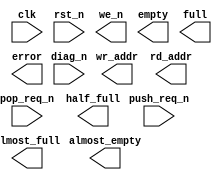
////////////////////////////////////////////////////////////////////////////////
//
//       This confidential and proprietary software may be used only
//     as authorized by a licensing agreement from Synopsys Inc.
//     In the event of publication, the following notice is applicable:
//
//                    (C) COPYRIGHT 1999 - 2018 SYNOPSYS INC.
//                           ALL RIGHTS RESERVED
//
//       The entire notice above must be reproduced on all authorized
//     copies.
//
//
// VERSION:   Simulation Architecture
//
// DesignWare_version: c9e3e120
// DesignWare_release: O-2018.06-DWBB_201806.3
//
////////////////////////////////////////////////////////////////////////////////
//-----------------------------------------------------------------------------------
//
// ABSTRACT:  Synchronous with Static Flags  
//           static programmable almost empty and almost full flags
//
//           This FIFO controller designed to interface to synchronous
//           true dual port RAMs.
//
//              Parameters:     Valid Values
//              ==========      ============
//              depth           [ 2 to 16777216 ]
//              ae_level        [ 1 to (depth - 1) ]
//              af_level        [ 1 to (depth - 1) ]
//              err_mode        [ 0 = sticky error flag w/ ptr check,
//                                1 = sticky error flag (no ptr chk),
//                                2 = dynamic error flag ]
//              reset_mode      [ 0 = asynchronous reset,
//                                1 = synchronous reset ]
//              
//              Input Ports:    Size    Description
//              ===========     ====    ===========
//              clk             1 bit   Input Clock
//              rst_n           1 bit   Active Low Reset
//              push_req_n      1 bit   Active Low Push Request
//              pop_req_n       1 bit   Active Low Pop Request
//              diag_n          1 bit   Active Low diagnostic control
//
//              Output Ports    Size    Description
//              ============    ====    ===========
//              we_n            1 bit   Active low Write Enable (to RAM)
//              empty           1 bit   Empty Flag
//              almost_empty    1 bit   Almost Empty Flag
//              half_full       1 bit   Half Full Flag
//              almost_full     1 bit   Almost Full Flag
//              full            1 bit   Full Flag
//              error           1 bit   Error Flag
//              wr_addr         N bits  Write Address (to RAM)
//              rd_addr         N bits  Read Address (to RAM)
//
//                Note: the value of N for wr_addr and rd_addr is
//                      determined from the parameter, depth.  The
//                      value of N is equal to:
//                              ceil( log2( depth ) )
//              
//
//
// MODIFIED: 
//
//  11/12/01  RJK  Fixed lint error by converting int to vector
//                 STAR #129582
//-------------------------------------------------------------------------------
//
module DW_fifoctl_s1_sf (
    clk, rst_n, push_req_n, pop_req_n, diag_n, we_n, empty, 
    almost_empty, half_full, almost_full, full, error, wr_addr, rd_addr );

parameter integer depth  = 4;
parameter integer ae_level  =  1 ;
parameter integer af_level  =  1 ;
parameter integer err_mode  =  0 ;
parameter integer rst_mode  =  0 ;

`define DW_addr_width ((depth>4096)? ((depth>262144)? ((depth>2097152)? ((depth>8388608)? 24 : ((depth> 4194304)? 23 : 22)) : ((depth>1048576)? 21 : ((depth>524288)? 20 : 19))) : ((depth>32768)? ((depth>131072)?  18 : ((depth>65536)? 17 : 16)) : ((depth>16384)? 15 : ((depth>8192)? 14 : 13)))) : ((depth>64)? ((depth>512)?  ((depth>2048)? 12 : ((depth>1024)? 11 : 10)) : ((depth>256)? 9 : ((depth>128)? 8 : 7))) : ((depth>8)? ((depth> 32)? 6 : ((depth>16)? 5 : 4)) : ((depth>4)? 3 : ((depth>2)? 2 : 1)))))

 input  clk,  rst_n,  push_req_n,  pop_req_n,  diag_n;
 output  we_n,  empty,  almost_empty,  half_full,  almost_full,  full, error;
 output[`DW_addr_width-1 : 0 ]  wr_addr, rd_addr;
 
    // synopsys translate_off

 wire diag_n_int, we_n, empty, full, error;

 reg empty_int, almost_empty, half_full, almost_full, full_int, next_error_int, error_int;
wire [`DW_addr_width-1 : 0 ] wr_addr, rd_addr;

 integer wrd_count, next_wrd_count;
 integer wr_addr_int, next_wr_addr_int;
 integer rd_addr_int, next_rd_addr_int;
 wire [31:0] rd_addr_vec, wr_addr_vec;

    
 
  initial begin : parameter_check
    integer param_err_flg;

    param_err_flg = 0;
    
	    
	
    if ( (ae_level < 1) || (ae_level > depth-1 ) ) begin
      param_err_flg = 1;
      $display(
	"ERROR: %m :\n  Invalid value (%d) for parameter ae_level (legal range: 1 to depth-1 )",
	ae_level );
    end
	
    if ( (af_level < 1) || (af_level > depth-1 ) ) begin
      param_err_flg = 1;
      $display(
	"ERROR: %m :\n  Invalid value (%d) for parameter af_level (legal range: 1 to depth-1 )",
	af_level );
    end
	
    if ( (err_mode < 0) || (err_mode > 2 ) ) begin
      param_err_flg = 1;
      $display(
	"ERROR: %m :\n  Invalid value (%d) for parameter err_mode (legal range: 0 to 2 )",
	err_mode );
    end
	
    if ( (rst_mode < 0) || (rst_mode > 1 ) ) begin
      param_err_flg = 1;
      $display(
	"ERROR: %m :\n  Invalid value (%d) for parameter rst_mode (legal range: 0 to 1 )",
	rst_mode );
    end
	
    if ( (depth < 2) || (depth > 16777216 ) ) begin
      param_err_flg = 1;
      $display(
	"ERROR: %m :\n  Invalid value (%d) for parameter depth (legal range: 2 to 16777216 )",
	depth );
    end

	wrd_count = -1;
	wr_addr_int = -1;
	rd_addr_int = -1;
    
	
    if ( param_err_flg == 1) begin
      $display(
        "%m :\n  Simulation aborted due to invalid parameter value(s)");
      $finish;
    end

  end // parameter_check 



    assign diag_n_int = (err_mode == 0)? diag_n : 1'b1;


    always @ (push_req_n or pop_req_n or full_int or wr_addr_int)
	begin : mk_next_wr_addr_int

	if ((push_req_n === 1'b0) && ((full_int === 1'b0)||(pop_req_n === 1'b0)))
	    next_wr_addr_int = (wr_addr_int + 1) % depth;
	
	else
	    next_wr_addr_int = ((push_req_n === 1'b1) || (full_int === 1'b1))?
			    wr_addr_int : -1;
    end // mk_next_wr_addr_int


    always @ (pop_req_n or empty_int or diag_n_int or rd_addr_int)
	begin : mk_next_rd_addr_int
	if (diag_n_int === 1'b0)
	    next_rd_addr_int = 0;
	
	else begin
	    if ((diag_n_int === 1'b1) && (pop_req_n === 1'b0) && (empty_int === 1'b0))
		next_rd_addr_int = (rd_addr_int + 1) % depth;
	    
	    else
		next_rd_addr_int = (((pop_req_n === 1'b1) || (empty_int === 1'b1)) && (diag_n_int === 1'b1))?
				rd_addr_int : -1;
	end
    end // mk_next_rd_addr_int


    always @ (push_req_n or pop_req_n or wrd_count)
	begin : mk_next_wrd_count
	if ( wrd_count < 0 )
	    next_wrd_count = wrd_count;
	
	else
	    if ((push_req_n === 1'b1) && (pop_req_n === 1'b0) && (wrd_count != 0))
		next_wrd_count = wrd_count - 1;
	    
	    else
		if ( ((push_req_n === 1'b0) && (pop_req_n === 1'b0) && (wrd_count == 0)) ||
		     ((push_req_n === 1'b0) && (pop_req_n === 1'b1) && (wrd_count < depth)) )

		    next_wrd_count = wrd_count + 1;
		
		else
		    if ( ((push_req_n === 1'b0) && (pop_req_n === 1'b0) && (wrd_count > 0)) ||
			 ((push_req_n === 1'b0) && (pop_req_n === 1'b1) && (wrd_count == depth)) ||
			 ((push_req_n === 1'b1) && (pop_req_n === 1'b0) && (wrd_count == 0)) ||
			 ((push_req_n === 1'b1) && (pop_req_n === 1'b1)) )
			
			next_wrd_count = wrd_count;
		    
		    else
			next_wrd_count = -1;

    end // mk_next_wrd_count



    always @ (push_req_n or pop_req_n or rd_addr_int or
		    wr_addr_int or wrd_count or next_wrd_count or error_int)
	begin : mk_next_error

	if ((err_mode < 2) && (error_int !== 1'b0))
	    next_error_int = error_int;
	
	else
	    if ((err_mode == 0) && (rd_addr_int >= 0) && (wr_addr_int >= 0) &&
		  ( ((rd_addr_int == wr_addr_int) && (wrd_count > 0) && (wrd_count < depth))  ||
		    ((rd_addr_int != wr_addr_int) && ((wrd_count == 0) || (wrd_count == depth))) ))
	    
		next_error_int = 1'b1;
	    
	    else
		next_error_int =
			    (wrd_count == 0)? ~pop_req_n :
			    (wrd_count == depth)? (pop_req_n & ~push_req_n) :
			    ((wrd_count < 0)&&((push_req_n & pop_req_n)==1'b0))? 1'bx : 1'b0;
		    
    end // mk_next_error


generate
  if (rst_mode == 0) begin : GEN_RM_EQ_0
    always @ (posedge clk or negedge rst_n)
	begin : ar_registers_PROC

	if (rst_n === 1'b0) begin
	    wr_addr_int <= 0;
	    rd_addr_int <= 0;
	    wrd_count <= 0;
	    error_int <= 1'b0;
	end

	else
	    if (rst_n === 1'b1) begin
		wr_addr_int <= next_wr_addr_int;
		rd_addr_int <= next_rd_addr_int;
		wrd_count <= next_wrd_count;
		error_int <= next_error_int;
	    end

	    else begin
		wr_addr_int <= -1;
		rd_addr_int <= -1;
		wrd_count <= -1;
		error_int <= 1'bx;
	    end
    end // ar_registers_PROC
  end else begin : GEN_RM_NE_0
    always @ (posedge clk)
	begin : ar_registers_PROC

	if (rst_n === 1'b0) begin
	    wr_addr_int <= 0;
	    rd_addr_int <= 0;
	    wrd_count <= 0;
	    error_int <= 1'b0;
	end

	else
	    if (rst_n === 1'b1) begin
		wr_addr_int <= next_wr_addr_int;
		rd_addr_int <= next_rd_addr_int;
		wrd_count <= next_wrd_count;
		error_int <= next_error_int;
	    end

	    else begin
		wr_addr_int <= -1;
		rd_addr_int <= -1;
		wrd_count <= -1;
		error_int <= 1'bx;
	    end
    end // ar_registers_PROC
  end
endgenerate


    always @ (wrd_count)
	begin : mk_flags

	if ( wrd_count < 0 ) begin
	    empty_int = 1'bx;
	    almost_empty = 1'bx;
	    half_full = 1'bx;
	    almost_full = 1'bx;
	    full_int = 1'bx;
	end

	else begin
	    if (wrd_count == 0)
		empty_int = 1'b1;
	    
	    else
		empty_int = 1'b0;
	    

	    if (wrd_count > ae_level)
		almost_empty = 1'b0;
	    
	    else
		almost_empty = 1'b1;
	    

	    if ( wrd_count < ((depth  +  1 )/ 2 ) )
		half_full = 1'b0;
	    
	    else
		half_full = 1'b1;
	    

	    if ( wrd_count < (depth  - af_level ) )
		almost_full = 1'b0;
	    
	    else
		almost_full = 1'b1;
	    

	    if ( wrd_count == depth )
		full_int = 1'b1;
	    
	    else
		full_int = 1'b0;
        end

    end // mk_flags

		
    assign wr_addr_vec = wr_addr_int;
    assign rd_addr_vec = rd_addr_int;
    assign wr_addr = (wr_addr_int < 0)? {`DW_addr_width{1'bx}} : wr_addr_vec[`DW_addr_width-1:0];
    assign rd_addr = (rd_addr_int < 0)? {`DW_addr_width{1'bx}} : rd_addr_vec[`DW_addr_width-1:0];


    assign  we_n  = (push_req_n  | (pop_req_n  & full_int ));
    assign  empty = empty_int;
    assign  full = full_int;
    assign  error = error_int;


    
  always @ (clk) begin : clk_monitor 
    if ( (clk !== 1'b0) && (clk !== 1'b1) && ($time > 0) )
      $display( "WARNING: %m :\n  at time = %t, detected unknown value, %b, on clk input.",
                $time, clk );
    end // clk_monitor 

    // synopsys translate_on

`undef DW_addr_width

endmodule